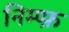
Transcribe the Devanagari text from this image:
निम्प्फ़